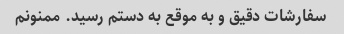
سفارشات دقیق و به موقع به دستم رسید. ممنونم